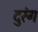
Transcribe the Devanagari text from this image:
दुरंग